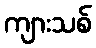
ကျားသစ်